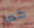
كما